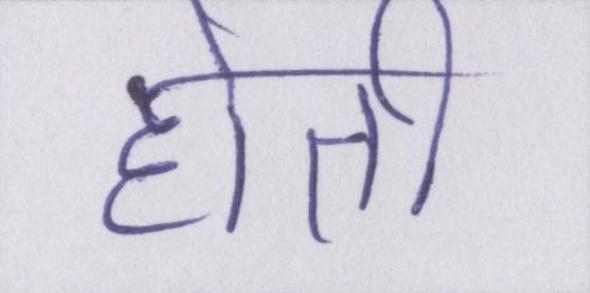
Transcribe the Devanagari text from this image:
होती